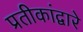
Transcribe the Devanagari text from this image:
प्रतीकांद्वारे